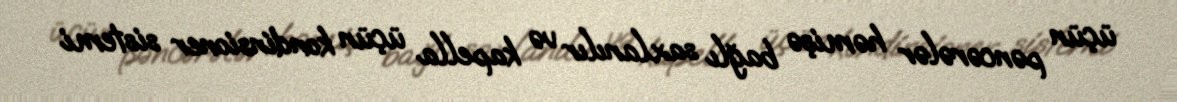
üçün pəncərələr həmişə bağlı saxlanılır və kapella üçün kondinsioner sistemi